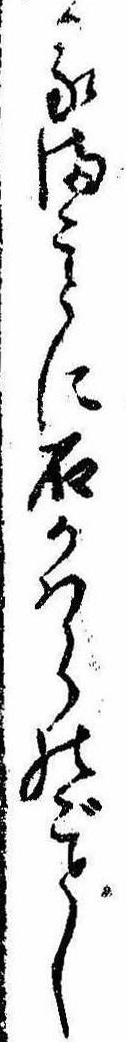
るまことに石かはらのごとし